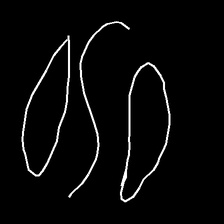
Glyph: water